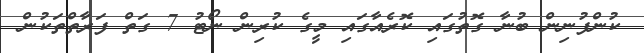
ކުންފުނިން ބުނާ ގޮތުގައި ކޮރެއާގައި މީގެ ކުރިން ނޯޓު 7 ގަތް ފަރާތްތަކުން